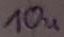
Text: 10u